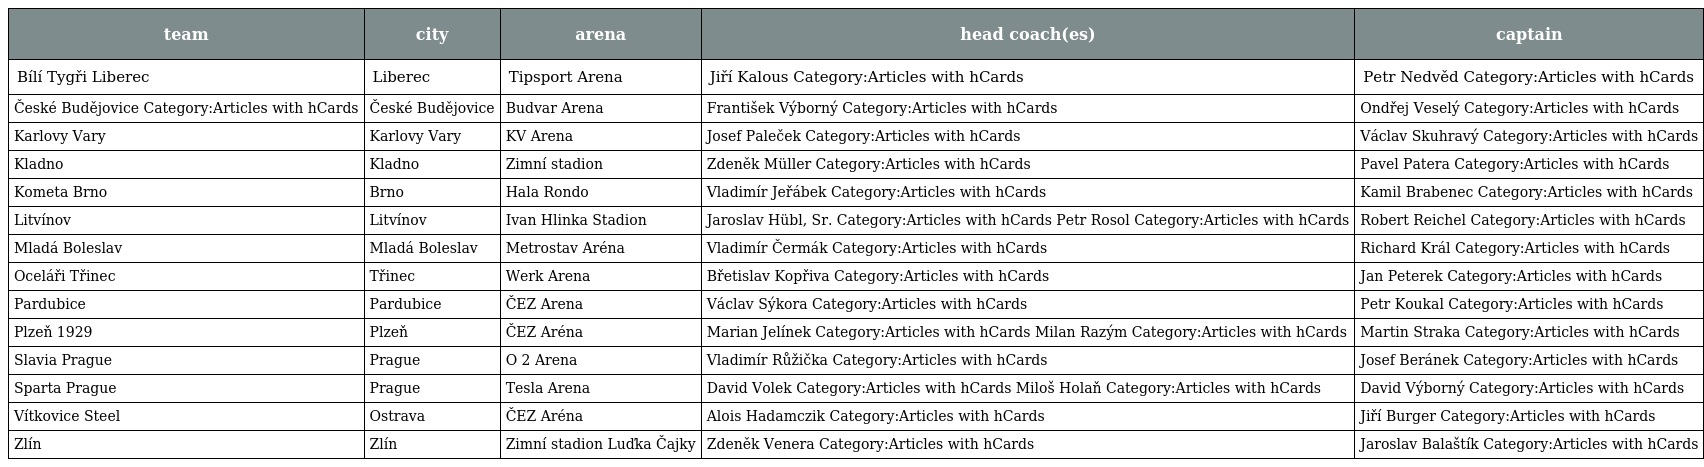
| team | city | arena | head coach(es) | captain |
 | --- | --- | --- | --- | --- |
 | Bílí Tygři Liberec | Liberec | Tipsport Arena | Jiří Kalous Category:Articles with hCards | Petr Nedvěd Category:Articles with hCards |
 | České Budějovice Category:Articles with hCards | České Budějovice | Budvar Arena | František Výborný Category:Articles with hCards | Ondřej Veselý Category:Articles with hCards |
 | Karlovy Vary | Karlovy Vary | KV Arena | Josef Paleček Category:Articles with hCards | Václav Skuhravý Category:Articles with hCards |
 | Kladno | Kladno | Zimní stadion | Zdeněk Müller Category:Articles with hCards | Pavel Patera Category:Articles with hCards |
 | Kometa Brno | Brno | Hala Rondo | Vladimír Jeřábek Category:Articles with hCards | Kamil Brabenec Category:Articles with hCards |
 | Litvínov | Litvínov | Ivan Hlinka Stadion | Jaroslav Hübl, Sr. Category:Articles with hCards Petr Rosol Category:Articles with hCards | Robert Reichel Category:Articles with hCards |
 | Mladá Boleslav | Mladá Boleslav | Metrostav Aréna | Vladimír Čermák Category:Articles with hCards | Richard Král Category:Articles with hCards |
 | Oceláři Třinec | Třinec | Werk Arena | Břetislav Kopřiva Category:Articles with hCards | Jan Peterek Category:Articles with hCards |
 | Pardubice | Pardubice | ČEZ Arena | Václav Sýkora Category:Articles with hCards | Petr Koukal Category:Articles with hCards |
 | Plzeň 1929 | Plzeň | ČEZ Aréna | Marian Jelínek Category:Articles with hCards Milan Razým Category:Articles with hCards | Martin Straka Category:Articles with hCards |
 | Slavia Prague | Prague | O 2 Arena | Vladimír Růžička Category:Articles with hCards | Josef Beránek Category:Articles with hCards |
 | Sparta Prague | Prague | Tesla Arena | David Volek Category:Articles with hCards Miloš Holaň Category:Articles with hCards | David Výborný Category:Articles with hCards |
 | Vítkovice Steel | Ostrava | ČEZ Aréna | Alois Hadamczik Category:Articles with hCards | Jiří Burger Category:Articles with hCards |
 | Zlín | Zlín | Zimní stadion Luďka Čajky | Zdeněk Venera Category:Articles with hCards | Jaroslav Balaštík Category:Articles with hCards |